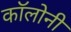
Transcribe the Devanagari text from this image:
काॅलोनी